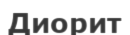
Диорит